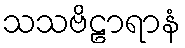
သသဗိဠာရာနံ